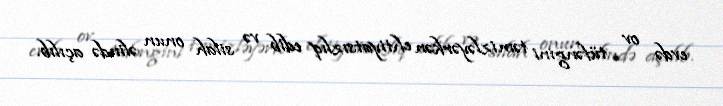
evdə ov tüfəngini təmizləyərkən ehtiyatsızlıq edib və silah onun əlində açılıb.